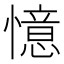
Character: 憶